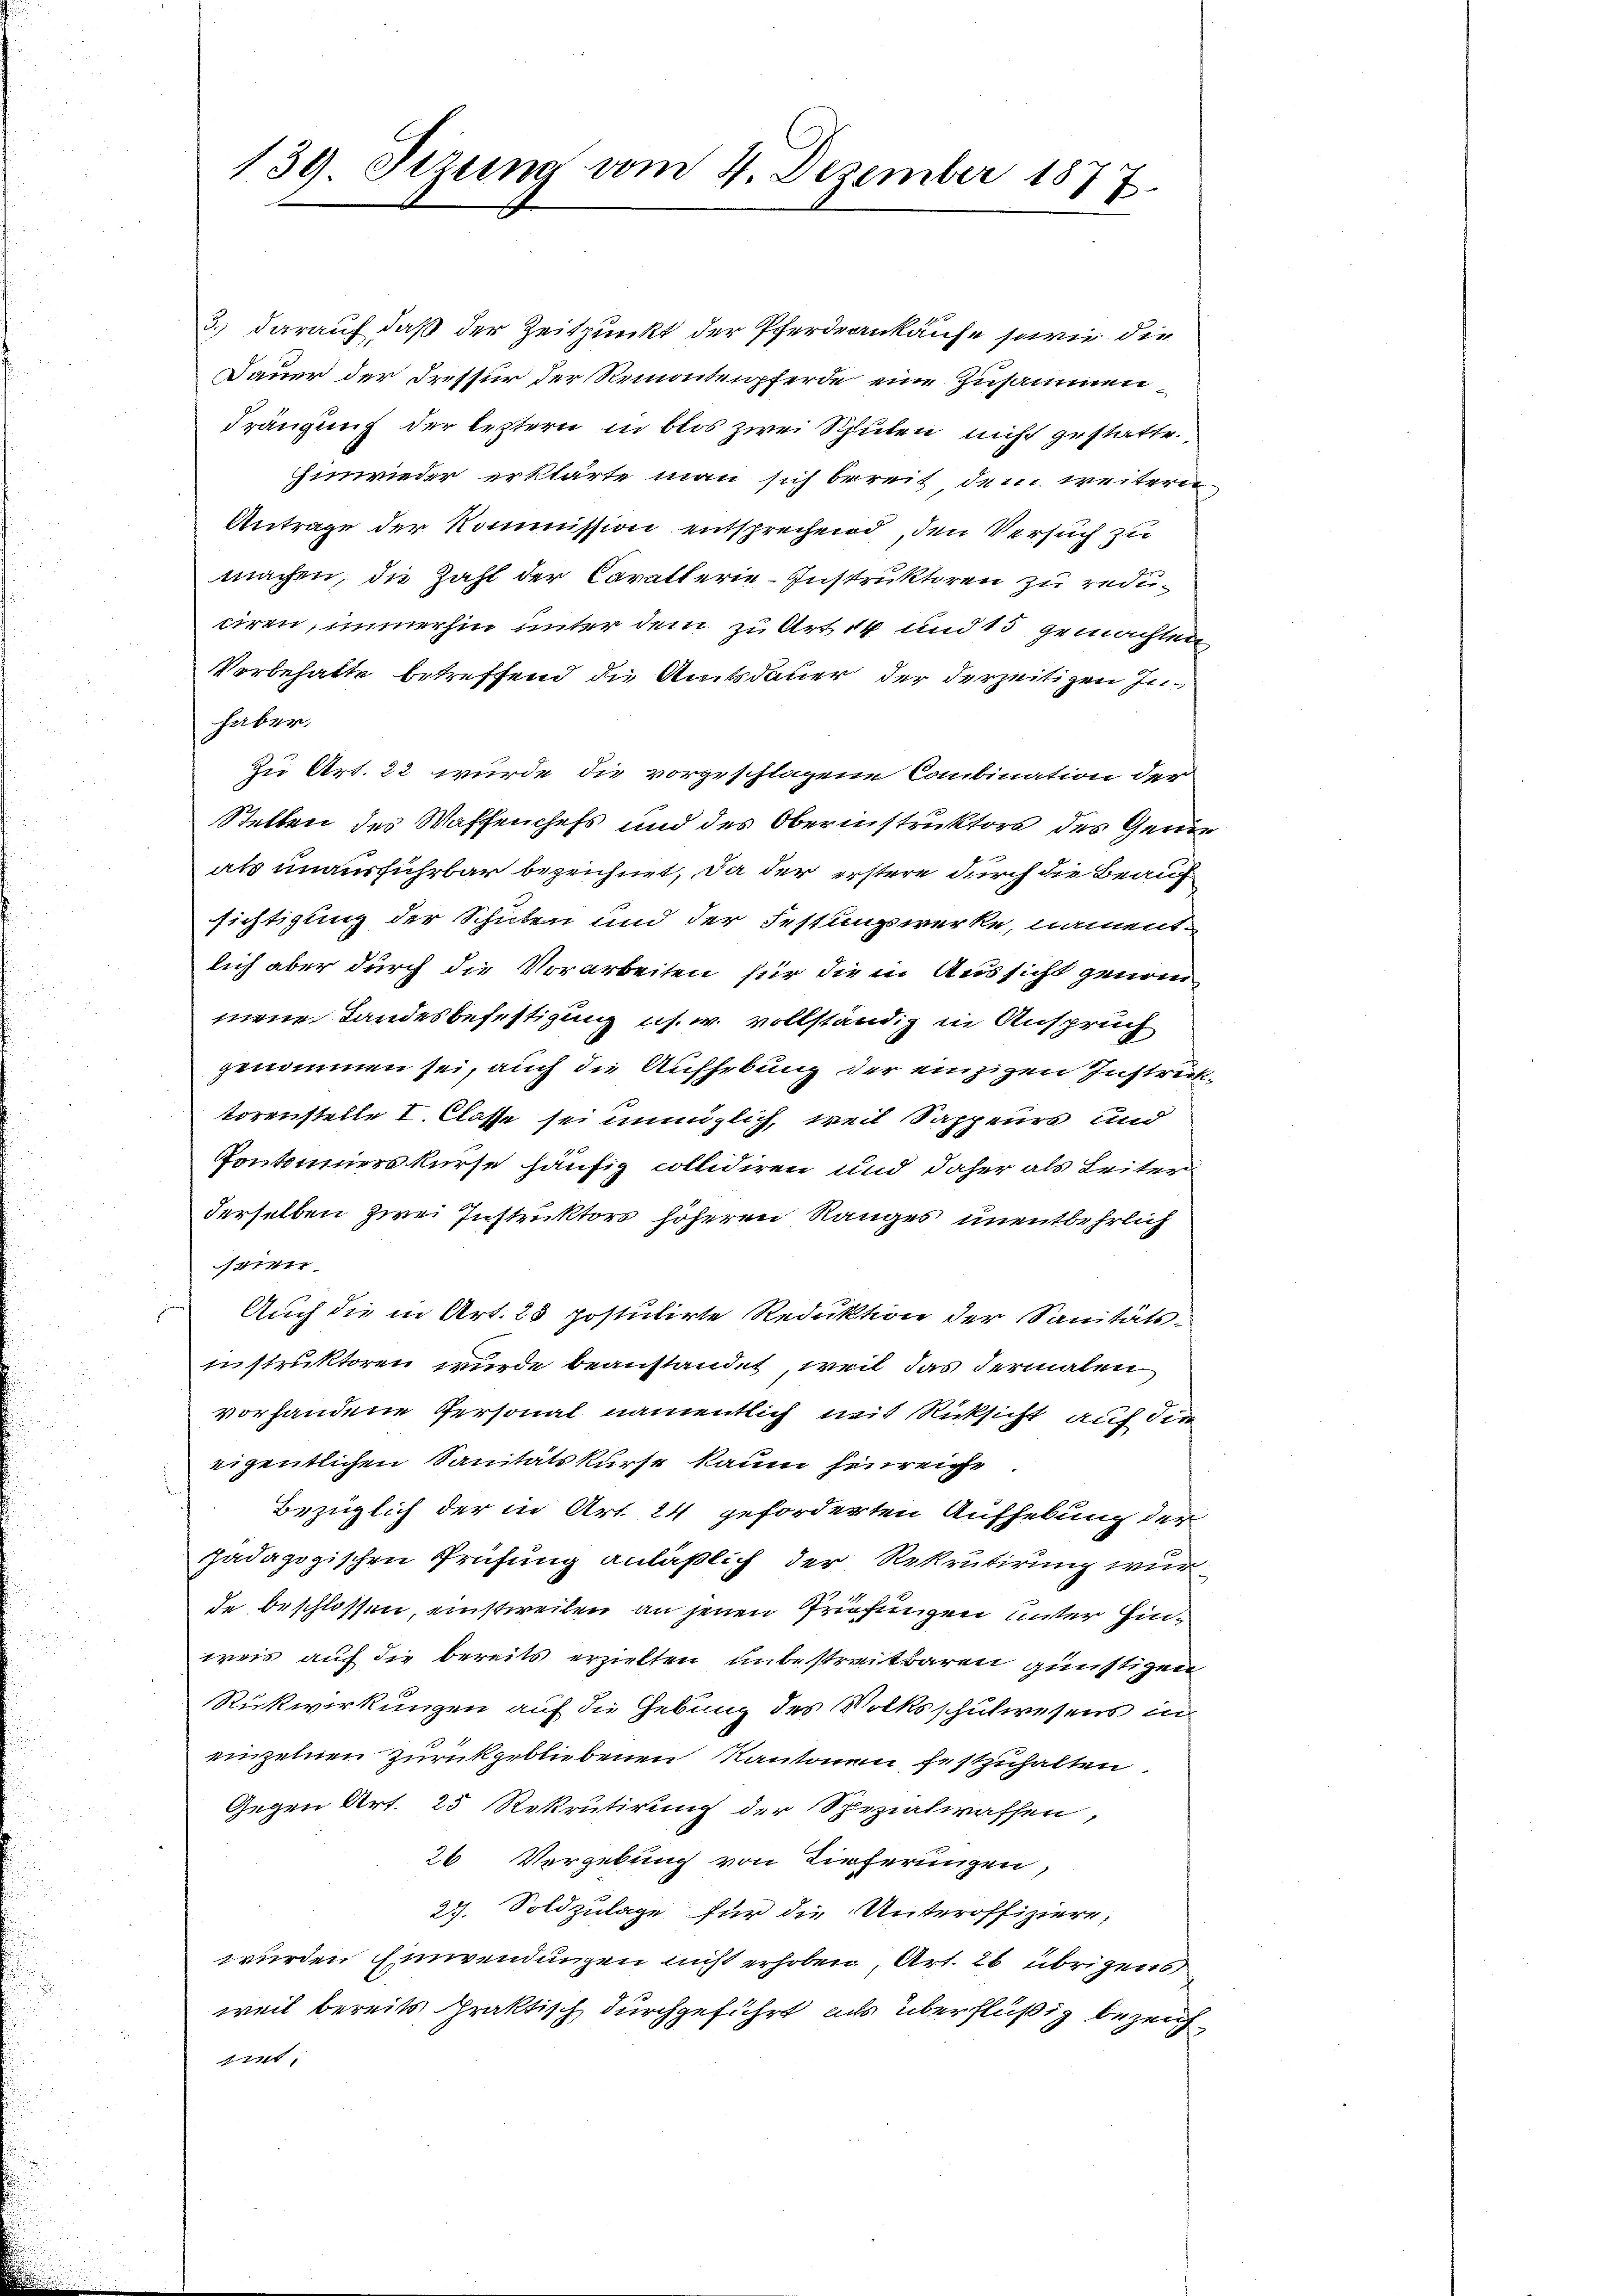
139. Sizung vom 4. Dezember 1877.

3.) darauf daß der Zeitpunkt der Pferdeankaufe sowie die
Dauer der Dressur der Remontenpferde eine Zusammen,
Frängung der leztern in blos zwei Schulen nicht gestatte.
hinwieder erklärte man sich bereit dem weiteren
Antrage der Kommission entsprechend, den Versuch zu
machen, die Zahl der Cavallerie-Instruktoren zu reduciren, immerhin unter dem zu Artik und 15 gemachten
Vorbehalte betreffend die Amtsdauer der derzeitigen Inhaber.
zu Art. 22 wurde die vorgeschlagene Combination der
Stellen des Waffenchefs und des Oberinstruktors des Gene
als unausführbar bezeichnet, da der erstere durch die Beauf
sichtigung der Schulen und der Festungswerke, namentlich aber durch die Vorarbeiten für die in Aussicht genom
mene Landesbefestigung us. w. vollständig in Anspruch
genommen sei, auch die Aufhebung der einzigen Instrecktorenstelle I. Classe sei unmöglich, weil Sappeurs und
Pontomierskurse häufig collidiren und daher als Leiter
derselben zwei Instruktors höheren Ranges unentbehrlich
e
Auch die in Art. 25 postulirte Reduktion der Sanitäts-
instruktoren wurde beanstandet, weil das dermalen
vorhandene Personal namentlich mit Rücksicht auf die
eigentlichen Sanitätskurse kaum hinreiche
Bezüglich der in Art. 24 geforderten Aufhebung der
pädagogischen Prüfung anläßlich der Rekrutirung wurde beschlossen, einstweilen an jenen Prüfungen unter Einweis auf die bereits erzielten unbestreitbaren günstigen
Rückwirkungen auf die Gebung des Volksschulwesens in
einzelnen zurückgebliebenen Kantonen festzuhalten.
Gegen Art. 25 Rekrutirung der Spezialwassen,
26 Vergebung von Tieferungen,
29. Soldzulage für die Unteroffiziere,
wurden Einwendungen nicht erhoben, Art. 26 übrigens
weil bereits praktisch durchgeführt, als überflüßig bezeicht